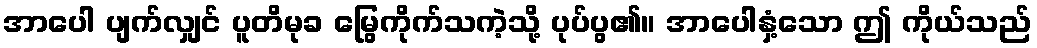
အာပေါ ပျက်လျှင် ပူတိမုခ မြွေကိုက်သကဲ့သို့ ပုပ်ပွ၏။ အာပေါနှံ့သော ဤ ကိုယ်သည်